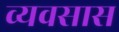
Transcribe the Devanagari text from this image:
व्यवसास